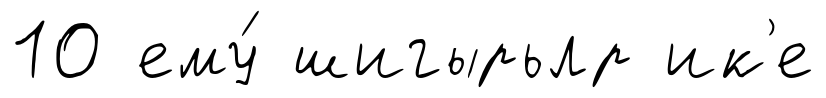
10 ему́ шигырьлр ик'е